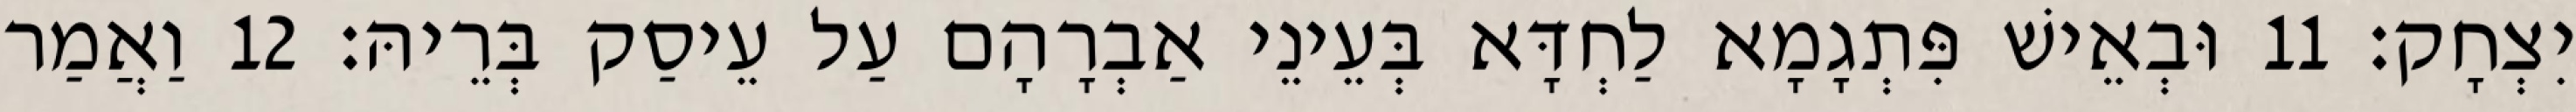
יִצְחָק׃ 11 וּבְאֵישׁ פִּתְגָמָא לַחְדָּא בְּעֵינֵי אַבְרָהָם עַל עֵיסַק בְּרֵיהּ׃ 12 וַאֲמַר